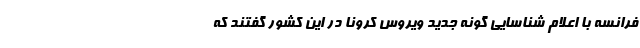
فرانسه با اعلام شناسایی گونه جدید ویروس کرونا در این کشور گفتند که